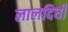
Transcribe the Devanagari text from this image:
लालदिघी